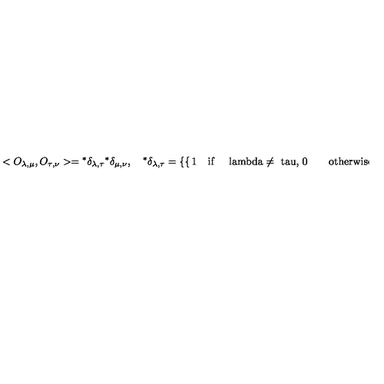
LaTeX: < O _ { \lambda , \mu } , O _ { \tau , \nu } > = { } ^ { * } \delta _ { \lambda , \tau } { } ^ { * } \delta _ { \mu , \nu } , \quad { } ^ { * } \delta _ { \lambda , \tau } = \left\{ \begin{cases} { 1 \quad \mathrm { i f \quad { \ l a m b d a \neq \ t a u } , } } \\ { 0 \qquad \mathrm { o t h e r w i s e , } } \\ \end{cases} \right.